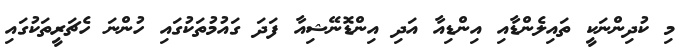
މި ކުދިންނަކީ ތައިލެންޑާއި އިންޑިއާ އަދި އިންޑޮނޭޝިއާ ފަދަ ގައުމުތަކުގައި ހުންނަ ހެޗަރީތަކުގައި